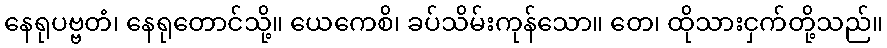
နေရုပဗ္ဗတံ၊ နေရုတောင်သို့။ ယေကေစိ၊ ခပ်သိမ်းကုန်သော။ တေ၊ ထိုသားငှက်တို့သည်။